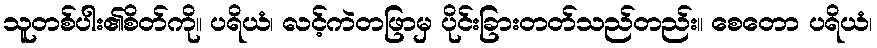
သူတစ်ပါး၏စိတ်ကို။ ပရိယံ၊ လင့်ကဲတဖြာမှ ပိုင်းခြားတတ်သည်တည်း။ စေတော ပရိယံ၊